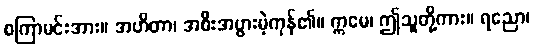
စကြာမင်းအား။ အဟိတာ၊ အစီးအပွားမဲ့ကုန်၏။ ဣမေ၊ ဤသူတို့ကား။ ရညော၊